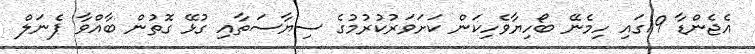
އެޖެންޑާ 19ގައި ހިމެނޭ ބޯހިޔާވެހިކަން ކަށަވަރުކުރުމުގެ ސިޔާސަތާއި ގުޅޭ ގޮތުން ބާއްވާ ޕެނަލް